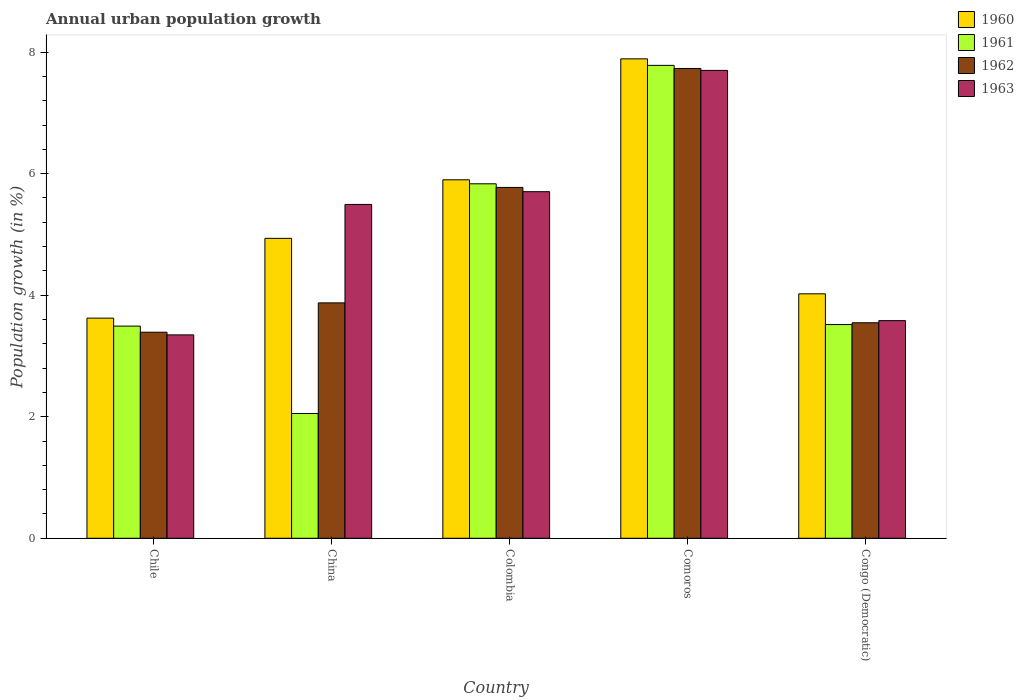
| Country | 1960 | 1961 | 1962 | 1963 |
 | --- | --- | --- | --- | --- |
 | Chile | 3.62 | 3.49 | 3.39 | 3.35 |
 | China | 4.94 | 2.05 | 3.87 | 5.49 |
 | Colombia | 5.9 | 5.83 | 5.77 | 5.7 |
 | Comoros | 7.89 | 7.78 | 7.73 | 7.7 |
 | Congo (Democratic) | 4.02 | 3.52 | 3.55 | 3.58 |